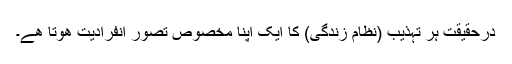
درحقیقت ہر تہذیب (نظام زندگی) کا ایک اپنا مخصوص تصور انفرادیت ھوتا ھے۔